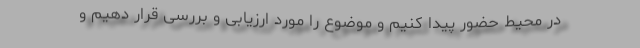
در محیط حضور پیدا کنیم و موضوع را مورد ارزیابی و بررسی قرار دهیم و